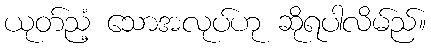
ယုတ်ညံ့ သောအလုပ်ဟု ဆိုရပါလိမ်ည်။